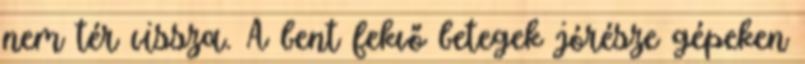
nem tér vissza. A bent fekvő betegek jórésze gépeken